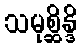
သမုစ္ဆိန္ဒိ